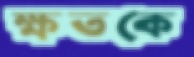
ক্ষতকে